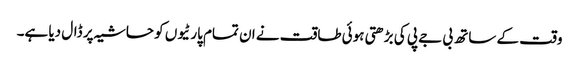
وقت کے ساتھ بی جے پی کی بڑھتی ہوئی طاقت نے ان تمام پارٹیوں کو حاشیہ پر ڈال دیا ہے۔